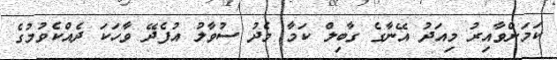
ކަމަށްވާއިރު މިއަދު އޭނާގެ ގާބިލް ކަމާ މެދު ސުވާލު އުފެދޭ ވާހަކަ ދެއްކެވުމުގެ